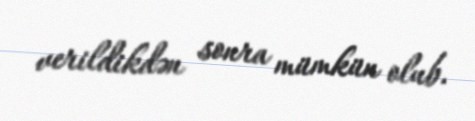
verildikdən sonra mümkün olub.